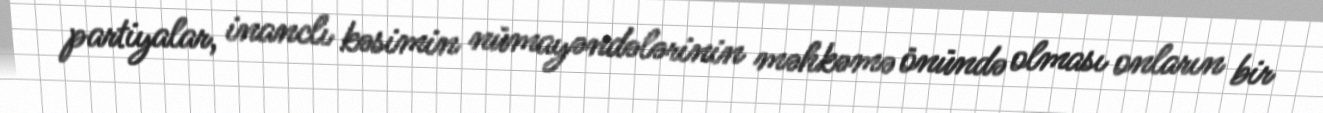
partiyalar, inanclı kəsimin nümayəndələrinin məhkəmə önündə olması onların bir